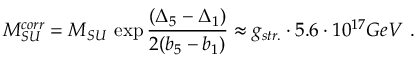
M _ { S U } ^ { c o r r } = M _ { S U } \, \exp \frac { ( { \Delta } _ { 5 } - { \Delta } _ { 1 } ) } { 2 ( b _ { 5 } - b _ { 1 } ) } \approx g _ { s t r . } \cdot 5 . 6 \cdot 1 0 ^ { 1 7 } G e V \ .